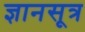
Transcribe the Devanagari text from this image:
ज्ञानसूत्र